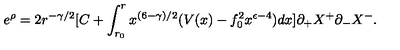
e ^ { \rho } = 2 r ^ { - \gamma / 2 } [ C + \int _ { r _ { 0 } } ^ { r } x ^ { ( 6 - \gamma ) / 2 } ( V ( x ) - f _ { 0 } ^ { 2 } x ^ { \epsilon - 4 } ) d x ] \partial _ { + } X ^ { + } \partial _ { - } X ^ { - } .